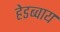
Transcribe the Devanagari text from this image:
हेडब्वाय